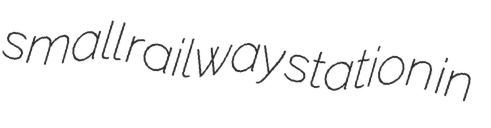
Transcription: small railway station in